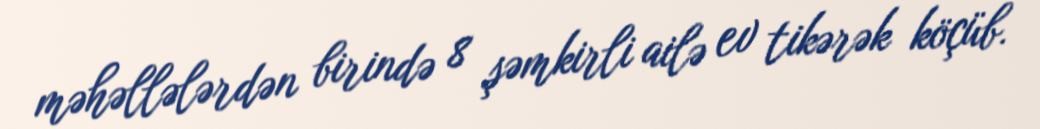
məhəllələrdən birində 8 şəmkirli ailə ev tikərək köçüb.